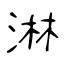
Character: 淋